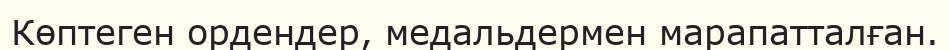
Көптеген ордендер, медальдeрмен марапатталған.